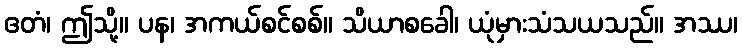
ဧတံ၊ ဤသို့။ ပန၊ အကယ်စင်စစ်။ သိယာစခေါ၊ ယုံမှားသံသယသည်။ အဿ၊